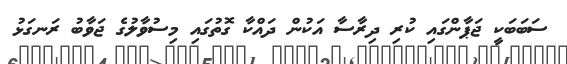
ސަބަބަކީ ޖަޕާންގައި ކުރި ދިރާސާ އަކުން ދައްކާ ގޮތުގައި މިސުވާލުގެ ޖަވާބު ރަނގަޅު